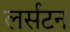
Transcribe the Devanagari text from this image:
लर्सटन